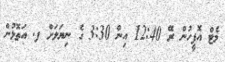
މެޓް އޮފީހުން ރޭ 12:40 އިން 3:30 ގެ ނިޔަލަށް ފ. އަތޮޅުން